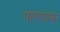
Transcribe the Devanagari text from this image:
पारगावकर